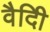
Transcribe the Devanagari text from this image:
वैदीि